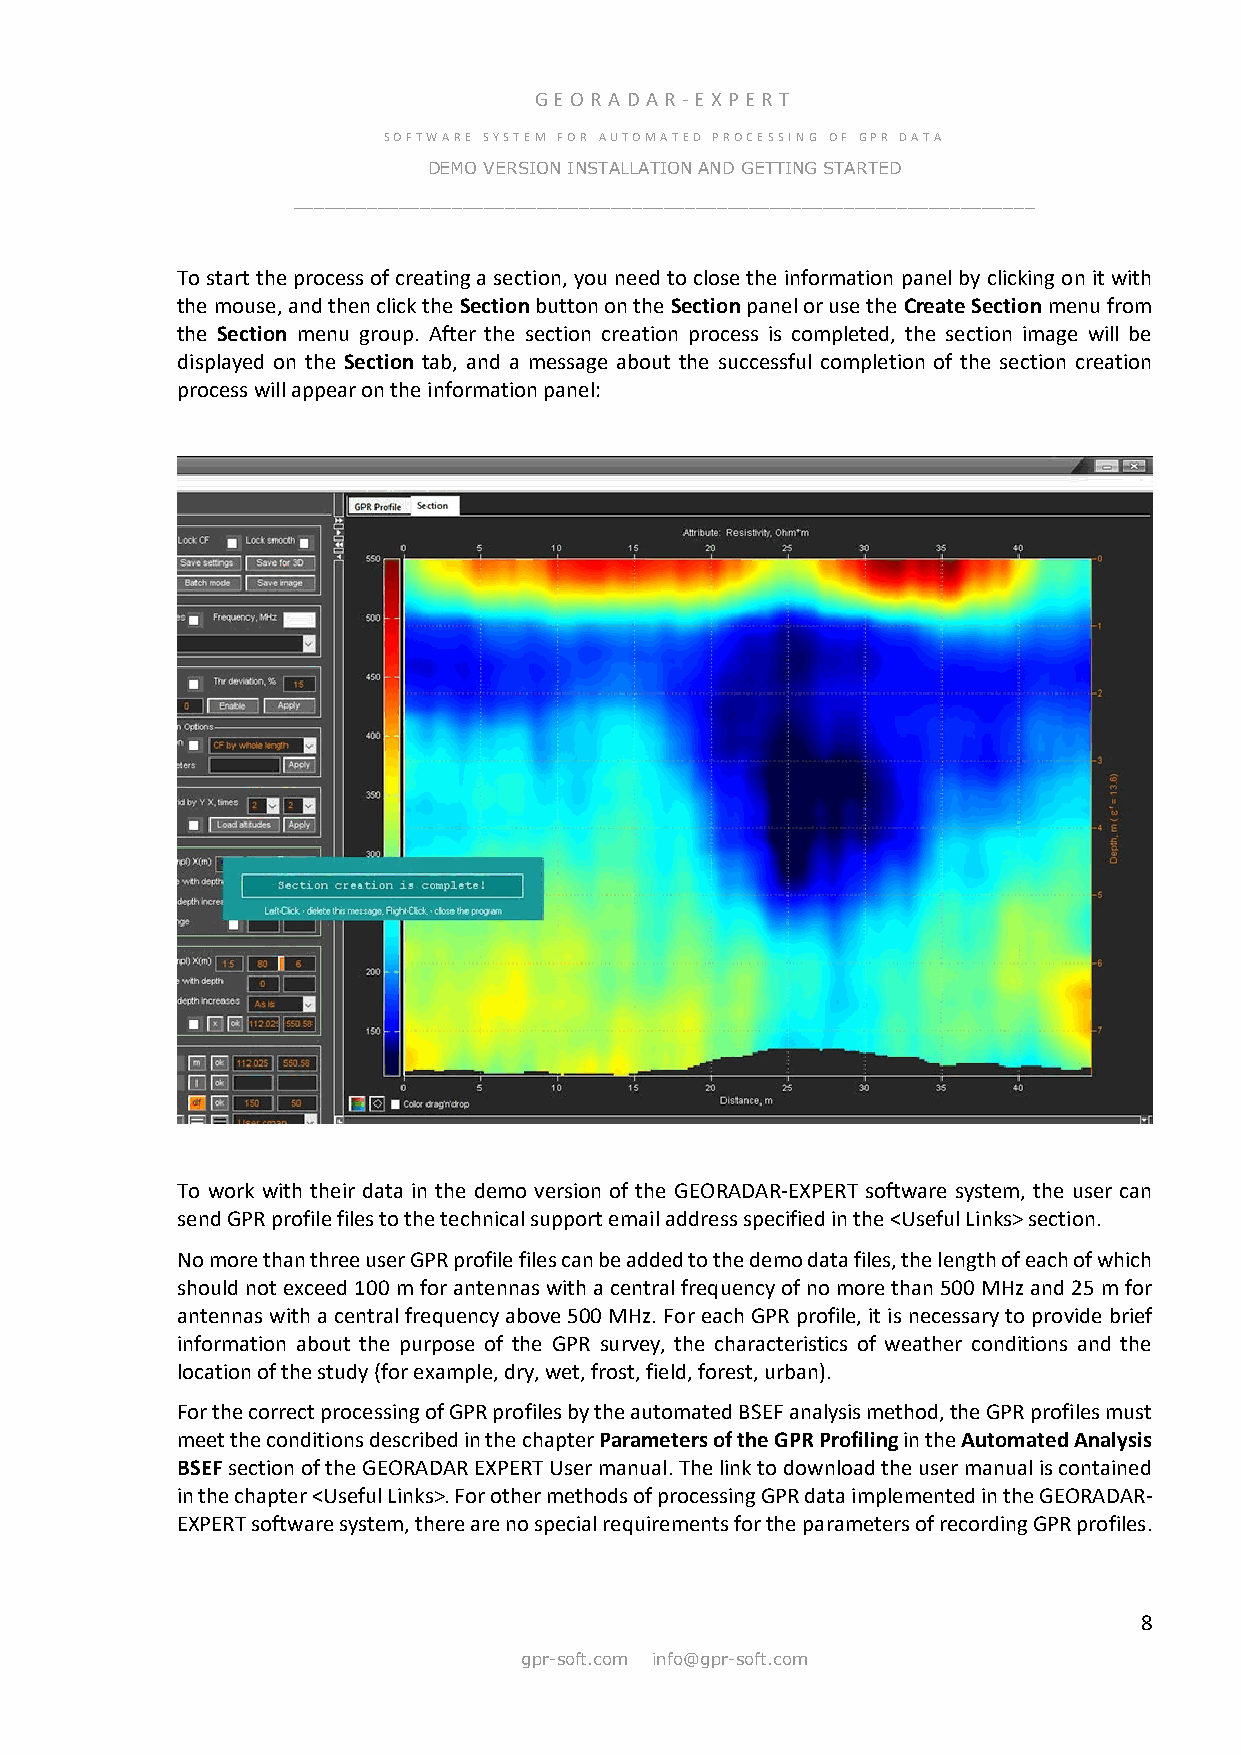
GE OR ADA R -E X PER T
 SOFTWARE SYSTEM FOR AUTOMATED PROCESSING OF GPR DATA
 DEMO VERSION INSTALLATION AND GETTING STARTED
 ______________________________________________________________________
 To start the process of creating a section, you need to close the information panel by clicking on it with
 the mouse, and then click the Section button on the Section panel or use the Create Section menu from
 the Section menu group. After the section creation process is completed, the section image will be
 displayed on the Section tab, and a message about the successful completion of the section creation
 process will appear on the information panel:
 To work with their data in the demo version of the GEORADAR-EXPERT software system, the user can
 send GPR profile files to the technical support email address specified in the <Useful Links> section.
 No more than three user GPR profile files can be added to the demo data files, the length of each of which
 should not exceed 100 m for antennas with a central frequency of no more than 500 MHz and 25 m for
 antennas with a central frequency above 500 MHz. For each GPR profile, it is necessary to provide brief
 information about the purpose of the GPR survey, the characteristics of weather conditions and the
 location of the study (for example, dry, wet, frost, field, forest, urban).
 For the correct processing of GPR profiles by the automated BSEF analysis method, the GPR profiles must
 meet the conditions described in the chapter Parameters of the GPR Profiling in the Automated Analysis
 BSEF section of the GEORADAR EXPERT User manual. The link to download the user manual is contained
 in the chapter <Useful Links>. For other methods of processing GPR data implemented in the GEORADAR-
 EXPERT software system, there are no special requirements for the parameters of recording GPR profiles.
 8
 gpr-soft.com info@gpr-soft.com